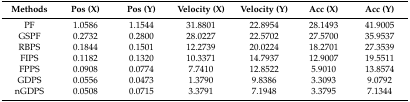
| Methods | Pos (X) | Pos (Y) | Velocity (X) | Velocity (Y) | Acc (X) | Acc (Y) |
 | --- | --- | --- | --- | --- | --- | --- |
 | PF | 1.0586 | 1.1544 | 31.8801 | 22.8954 | 28.1493 | 41.9005 |
 | GSPF | 0.2732 | 0.2800 | 28.0227 | 22.5702 | 27.5700 | 35.9537 |
 | RBPS | 0.1844 | 0.1501 | 12.2739 | 20.0224 | 18.2701 | 27.3539 |
 | FIPS | 0.1182 | 0.1320 | 10.3371 | 14.7937 | 12.9007 | 19.5511 |
 | FPPS | 0.0908 | 0.0774 | 7.7410 | 12.8522 | 5.9010 | 13.8574 |
 | GDPS | 0.0556 | 0.0473 | 1.3790 | 9.8386 | 3.3093 | 9.0792 |
 | nGDPS | 0.0508 | 0.0715 | 3.3791 | 7.1948 | 3.3795 | 7.1344 |